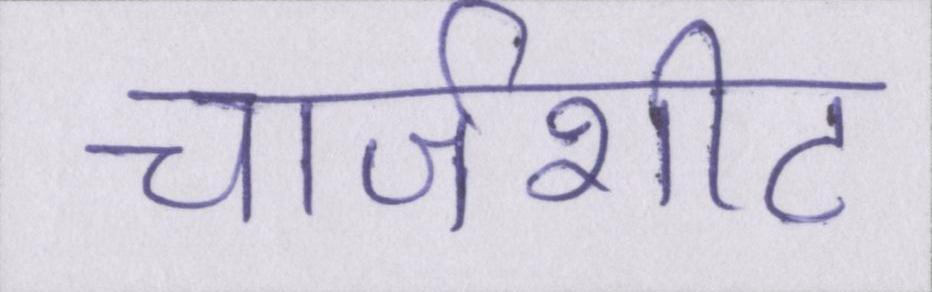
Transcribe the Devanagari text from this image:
चार्जशीट